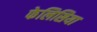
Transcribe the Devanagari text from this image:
फेलिसिया